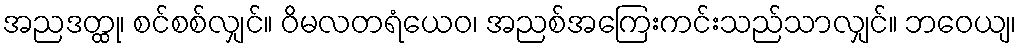
အညဒတ္ထု၊ စင်စစ်လျှင်။ ဝိမလတရံယေဝ၊ အညစ်အကြေးကင်းသည်သာလျှင်။ ဘဝေယျ၊